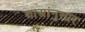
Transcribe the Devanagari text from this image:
शास्त्रांनुसार